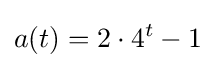
a(t)=2\cdot 4^{t}-1